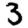
Digit: 3